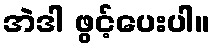
အဲဒါ ဖွင့်ပေးပါ။